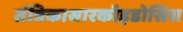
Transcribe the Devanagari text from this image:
तंत्रिकासारकॉइडोसिस